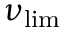
\nu _ { \mathrm { l i m } }